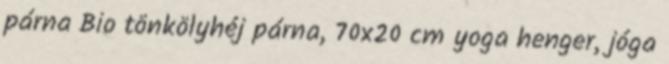
párna Bio tönkölyhéj párna, 70x20 cm yoga henger, jóga